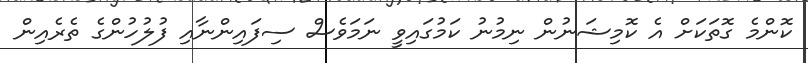
ކޮންމެ ގޮތަކަށް އެ ކޮމިޝަނުން ނިމުނު ކަމުގައިވީ ނަމަވެސް ސިފައިންނާއި ފުލުހުންގެ ތެރެއިން